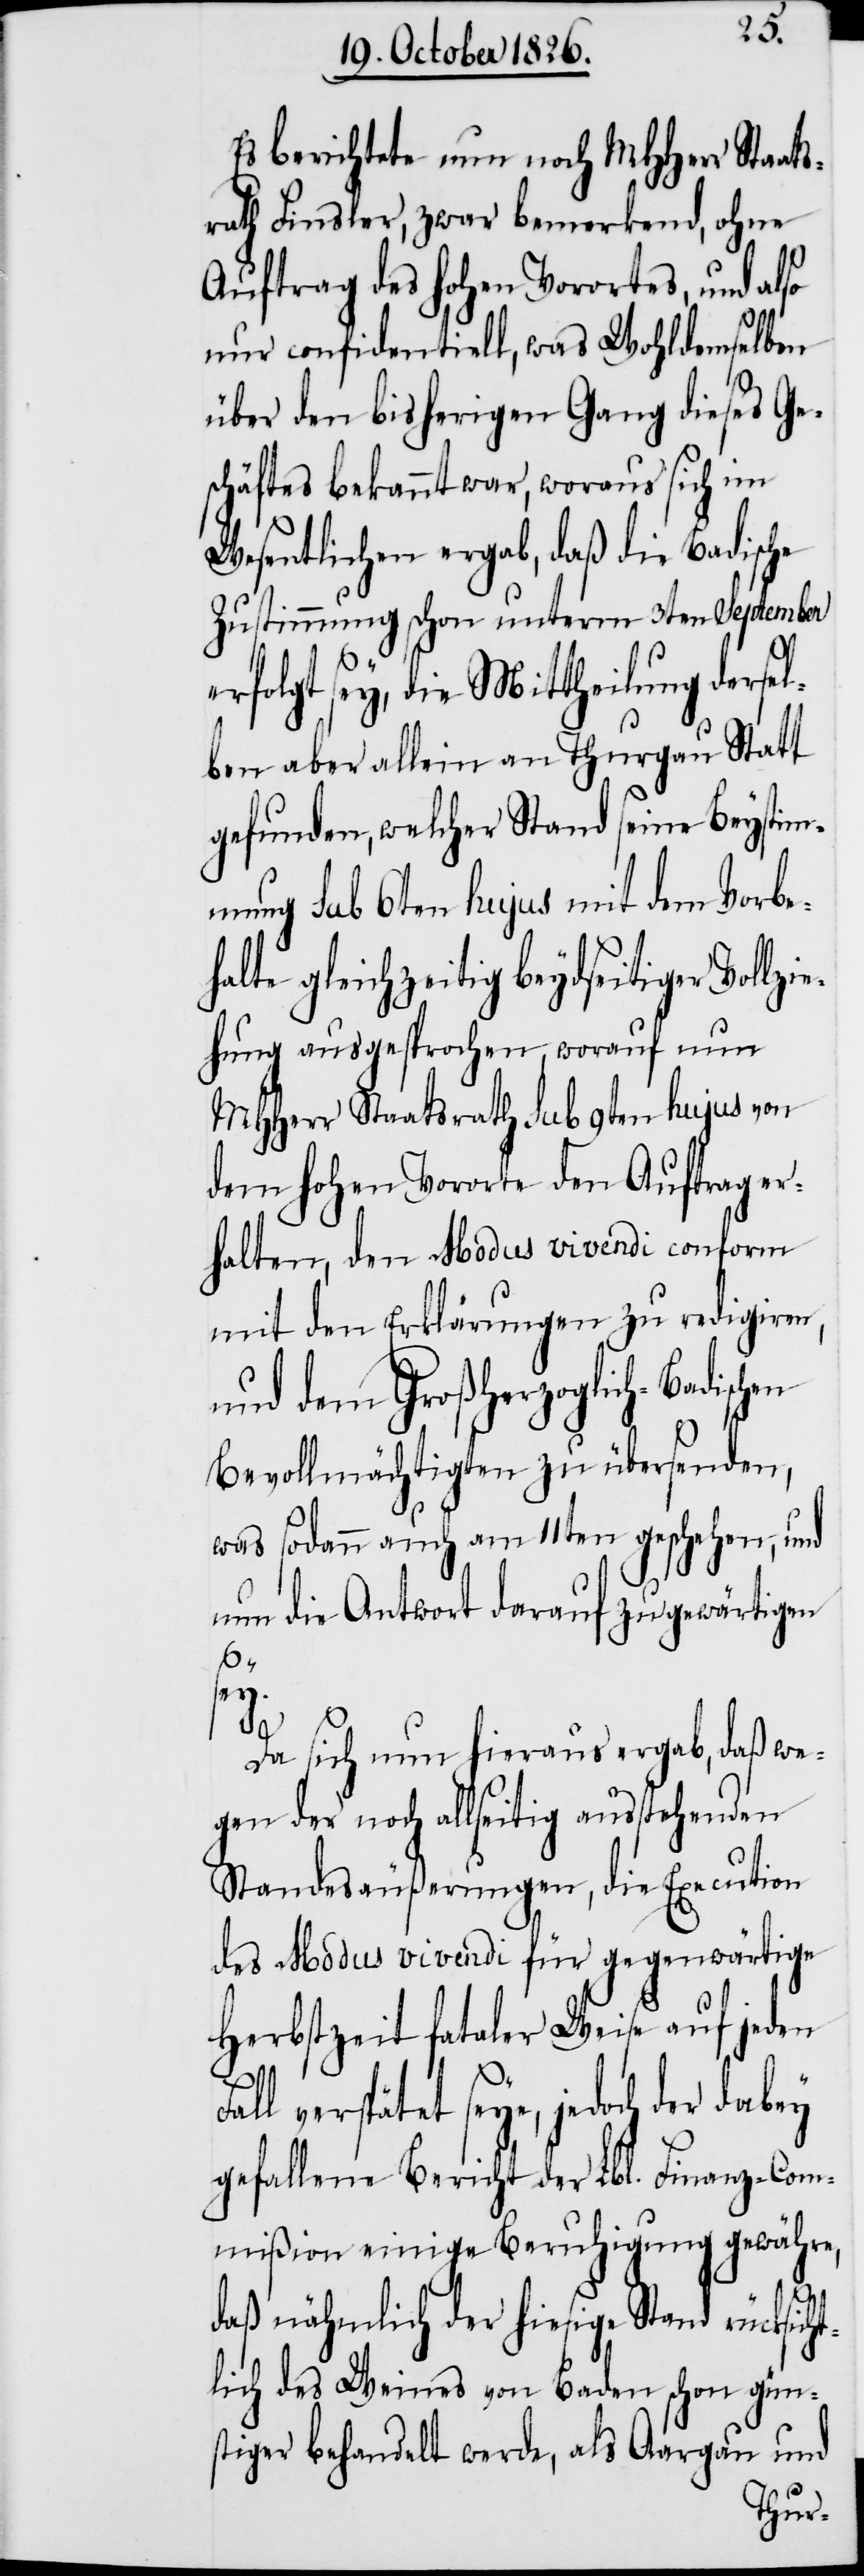
Es berichtete nun noch MHHerr Staats¬
rath Finsler, zwar bemerkend, ohne
Auftrag des hohen Vorortes, und also
nur confidentiell, was Wohldemselben
über den bisherigen Gang dieses Ge¬
schäftes bekannt war, woraus sich im
Wesentlichen ergab, daß die Badische
Zustimmung schon unterm 3ten September
erfolgt sey, die Mittheilung dersel¬
ben aber allein an Thurgau Statt
gefunden, welcher Stand seine Beystim¬
mung sub 6ten hujus mit dem Vorbe¬
halte gleichzeitig beydseitiger Vollzi¬
ehung ausgesprochen, worauf nun
MHHerr Staatsrath sub 9ten hujus von
dem hohen Vororte den Auftrag er¬
halten, den Modus vivendi conform
mit den Erklärungen zu redigiren,
und dem Großherzoglich-Badischen
Bevollmächtigten zu übersenden,
was sodann auch am 11ten geschehen, und
um die Antwort darauf zu gewärtigen
sey.
Da sich nun hieraus ergab, daß we¬
gen der noch allseitig ausstehenden
Standesäußerungen, die Execution
des Modus vivendi für gegenwärtige
Herbstzeit fataler Weise auf jeden
Fall verspätet seye, jedoch der dabey
gefallene Bericht der Lbl. Finanz-Com¬
mißion einige Beruhigung gewähre,
daß nähmlich der hiesige Stand rücksich¬
tlich des Weines von Baden schon gün¬
stiger behandelt werde, als Aargau und